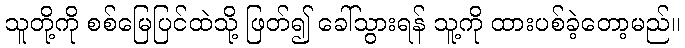
သူတို့ကို စစ်မြေပြင်ထဲသို့ ဖြတ်၍ ခေါ်သွားရန် သူ့ကို ထားပစ်ခဲ့တော့မည်။